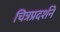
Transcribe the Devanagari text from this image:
चित्रप्रदर्शने